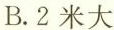
B.2米大